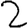
Digit: 2